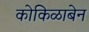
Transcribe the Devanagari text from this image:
कोकिळाबेन